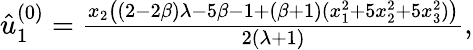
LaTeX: \begin{array}{r}{\hat{u}_{1}^{(0)}=\frac{x_{2}\left((2-2\beta)\lambda-5\beta-1+(\beta+1)(x_{1}^{2}+5x_{2}^{2}+5x_{3}^{2})\right)}{2(\lambda+1)},}\end{array}